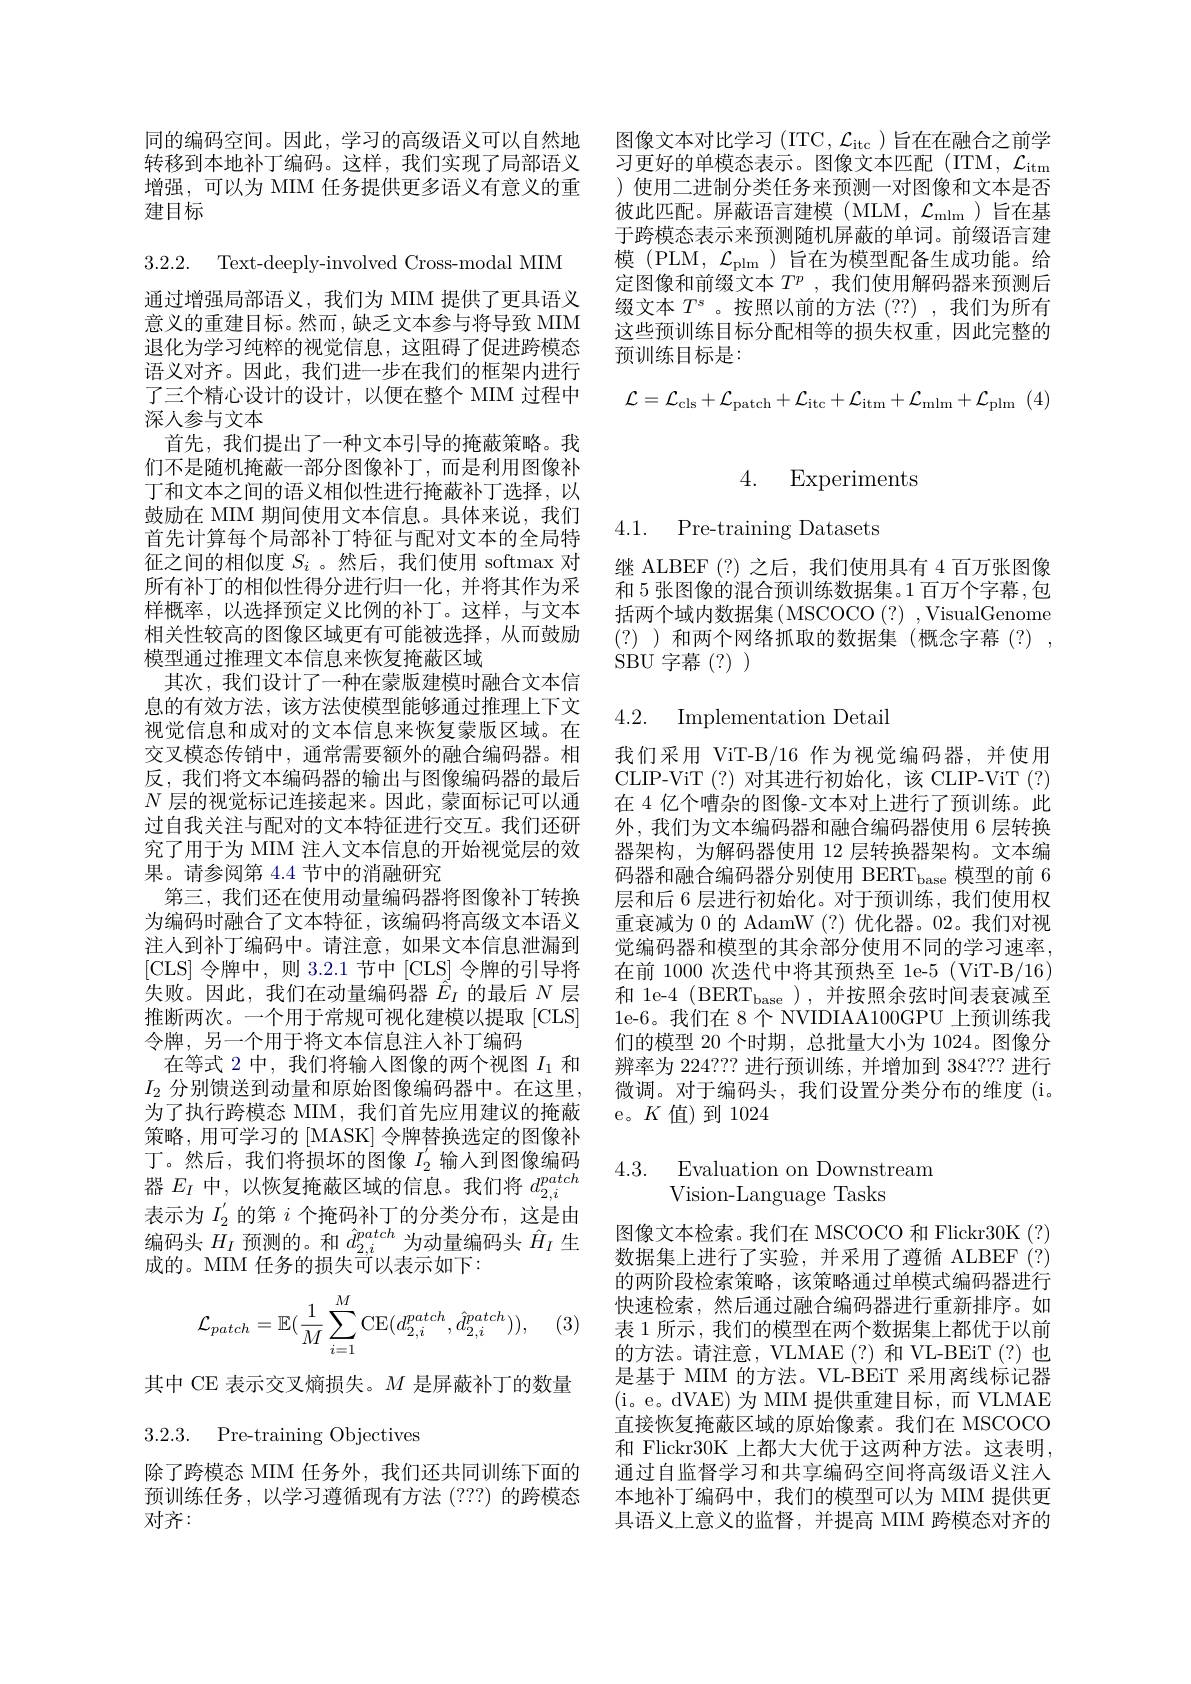
图像文本对比学习(ITC, $\mathcal{L}_\mathrm{itc}$)旨在在融合之前学习更好的单模态表示。图像文本匹配(ITM, $\mathcal{L}_\mathrm{itm}$ ) 使用二进制分类任务来预测一对图像和文本是否彼此匹配。屏蔽语言建模(MLM, $\mathcal{L}_\mathrm{mlm}$)旨在基于跨模态表示来预测随机屏蔽的单词。前缀语言建模 (PLM, $\mathcal{L}_\mathrm{plm}$ )旨在为模型配备生成功能。给定图像和前缀文本$T^p$ ,我们使用解码器来预测后缀文本$T^s$ 。按照以前的方法 (??) ,我们为所有这些预训练目标分配相等的损失权重，因此完整的$\bar{\text{预训练目标是}}:$
$$\mathcal{L}=\mathcal{L}_{\mathrm{cls}}+\mathcal{L}_{\mathrm{patch}}+\mathcal{L}_{\mathrm{itc}}+\mathcal{L}_{\mathrm{itm}}+\mathcal{L}_{\mathrm{mlm}}+\mathcal{L}_{\mathrm{plm}}$$
同的编码空间。因此，学习的高级语义可以自然地转移到本地补丁编码。这样，我们实现了局部语义增强，可以为 MIM 任务提供更多语义有意义的重建目标

3.2.2. Text-deeply-involved Cross-modal MIM

通过增强局部语义，我们为 MIM 提供了更具语义意义的重建目标。然而，缺乏文本参与将导致 MIM 退化为学习纯粹的视觉信息，这阻碍了促进跨模态语义对齐。因此，我们进一步在我们的框架内进行了三个精心设计的设计，以便在整个 MIM 过程中深人参与文本
首先，我们提出了一种文本引导的掩蔽策略。我们不是随机掩蔽一部分图像补丁，而是利用图像补丁和文本之间的语义相似性进行掩蔽补丁选择，以鼓励在 MIM 期间使用文本信息。具体来说，我们首先计算每个局部补丁特征与配对文本的全局特征之间的相似度$S_i$ 。然后，我们使用 softmax 对所有补丁的相似性得分进行归一化，并将其作为采样概率，以选择预定义比例的补丁。这样，与文本相关性较高的图像区域更有可能被选择，从而鼓励模型通过推理文本信息来恢复掩蔽区域
其次，我们设计了一种在蒙版建模时融合文本信息的有效方法，该方法使模型能够通过推理上下文视觉信息和成对的文本信息来恢复蒙版区域。在交叉模态传销中，通常需要额外的融合编码器。相反，我们将文本编码器的输出与图像编码器的最后$N$层的视觉标记连接起来。因此，蒙面标记可以通过自我关注与配对的文本特征进行交互。我们还研究了用于为 MIM 注人文本信息的开始视觉层的效果。请参阅第4.4节中的消融研究
第三，我们还在使用动量编码器将图像补丁转换为编码时融合了文本特征，该编码将高级文本语义注人到补丁编码中。请注意，如果文本信息泄漏到[CLS]令牌中，则 3.2.1 节中[CLS] 令牌的引导将失败。因此，我们在动量编码器$\hat{E}_I$的最后$N$层推断两次。一个用于常规可视化建模以提取[CLS] 令牌，另一个用于将文本信息注人补丁编码
在等式 2 中，我们将输入图像的两个视图$I_{1}$和$I_2$分别馈送到动量和原始图像编码器中。在这里， 为了执行跨模态 MIM,我们首先应用建议的掩蔽策略，用可学习的 [MASK] 令牌替换选定的图像补丁 。然 后 , 我 们 将 损 坏 的 图 像 $I_{2}^{\prime }$ 输 入 到 图 像 编 码 4.3. Evaluation on Downstream 器 $E_{I}$ 中 , 以 恢 复 掩 蔽 区 域 的 信 息 。我 们 将 $d_{2, i}^{patch}$ Vision- Language Tasks
表示为$I_{2}^{^{\prime}}$的第$i$个掩码补丁的分类分布，这是由编码头$\bar{H_I}$预测的。和$\hat{d}_{2,i}^{patch}$为动量编码头$\hat{H}_I$生成的。MIM 任务的损失可以表示如下：
$$\mathcal{L}_{patch}=\mathbb{E}(\frac{1}{M}\sum_{i=1}^{M}\mathrm{CE}(d_{2,i}^{patch},\hat{d}_{2,i}^{patch})),$$
(3)

其中 CE 表示交叉熵损失。$M$是屏蔽补丁的数量
3.2.3. Pre-training Objectives

除了跨模态 MIM 任务外，我们还共同训练下面的预训练任务，以学习遵循现有方法 (??) 的跨模态对齐：

# 4. Experiments

4.1. Pre-training Datasets

继 ALBEF (?) 之后，我们使用具有 4 百万张图像和 5 张图像的混合预训练数据集。1 百万个字幕 ,包括两个域内数据集( MSCOCO (?) , VisualGenome (?) )和两个网络抓取的数据集 (概念字幕 (?) , $\operatorname{SBU}$字幕(?))

4.2. Implementation Detai

我们采用 ViT-B/16 作为视觉编码器，并使用CLIP-ViT (?)对其进行初始化，该 CLIP-ViT (?) 在 4 亿个嘈杂的图像-文本对上进行了预训练。此外，我们为文本编码器和融合编码器使用 6 层转换器架构，为解码器使用 12 层转换器架构。文本编码器和融合编码器分别使用 BERT$_\mathrm{base}$模型的前 6层和后 6 层进行初始化。对于预训练，我们使用权重衰减为 0 的 AdamW (?) 优化器。02。我们对视觉编码器和模型的其余部分使用不同的学习速率， 在前 1000 次迭代中将其预热至 1e-5 (ViT-B/16) 和 1e-4 (BERT$_\mathrm{base}$ ),并按照余弦时间表衰减至1e-6。我们在 8个 NVIDIAA100GPU 上预训练我们的模型 20 个时期，总批量大小为 1024。图像分辨率为 224??? 进行预训练，并增加到 384??? 进行微调。对于编码头，我们设置分类分布的维度(i。e。$K$值)到1024

# Vision-Language Tasks

图像文本检索。我们在 MSCOCO 和 Flickr30K (?) 数据集上进行了实验，并采用了遵循 ALBEF (?) 的两阶段检索策略，该策略通过单模式编码器进行快速检索，然后通过融合编码器进行重新排序。如表 1 所示 , 我们的模型在两个数据集上都优于以前的方法。请注意，VLMAE(?)和 VL-BEiT(?)也是基于 MIM 的方法。VL-BEiT 采用离线标记器(i。e。dVAE)为 MIM 提供重建目标，而 VLMAE 直接恢复掩蔽区域的原始像素。我们在 MSCOCO 和 Flickr30K 上都大大优于这两种方法。这表明， 通过自监督学习和共享编码空间将高级语义注人本地补丁编码中，我们的模型可以为 MIM 提供更具语义上意义的监督，并提高 MIM 跨模态对齐的